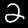
Label: 2